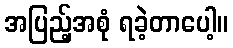
အပြည့်အစုံ ရခဲ့တာပေါ့။